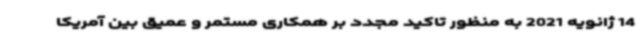
14 ژانویه 2021 به منظور تاکید مجدد بر همکاری مستمر و عمیق بین آمریکا